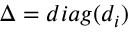
\Delta = d i a g ( d _ { i } )